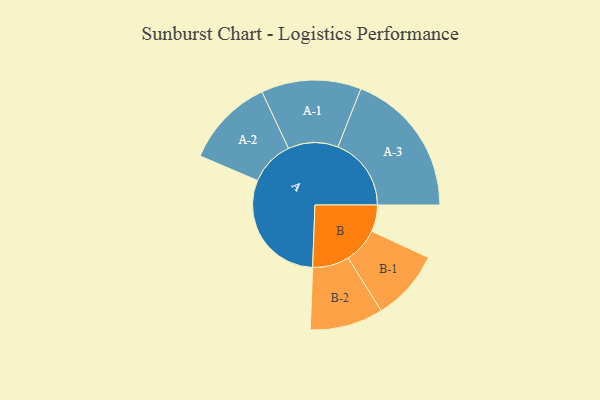
{"axis": {"x": "Segment", "y": "Value"}, "legend": ["", "A", "B"], "data": [{"x": "A", "y": 473, "type": ""}, {"x": "B", "y": 106, "type": ""}, {"x": "A-1", "y": 199, "type": "A"}, {"x": "A-2", "y": 178, "type": "A"}, {"x": "A-3", "y": 292, "type": "A"}, {"x": "B-1", "y": 141, "type": "B"}, {"x": "B-2", "y": 146, "type": "B"}]}